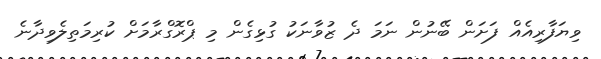
ވިޔަފާރިއެއް ފަށަން ބޭނުން ނަމަ ދެ ޒުވާނަކު ގުޅިގެން މި ޕްރޮގްރާމަށް ކުރިމަތިލެވިދާނެ